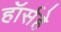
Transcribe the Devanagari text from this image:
हॉर्सहे